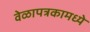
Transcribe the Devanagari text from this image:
वेळापत्रकामध्ये